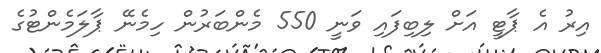
އިރު އެ ޕާޓީ އަށް ލިބިފައި ވަނީ 550 މެންބަރުން ހިމެނޭ ޕާލަމެންޓުގެ